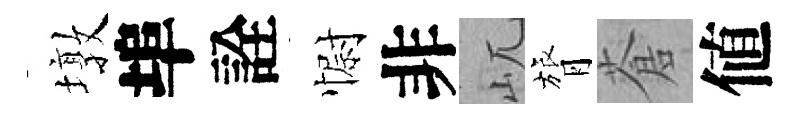
墩埠詮𢠢非屼膂蒼値